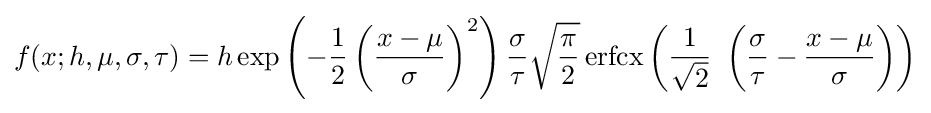
f(x;h,\mu ,\sigma ,\tau )=h\exp \left(-{\frac {1}{2}}\left({\frac {x-\mu }{\sigma }}\right)^{2}\right){\frac {\sigma }{\tau }}{\sqrt {\frac {\pi }{2}}}\operatorname {erfcx} \left({\frac {1}{\sqrt {2}}}\ \left({\frac {\sigma }{\tau }}-{\frac {x-\mu }{\sigma }}\right)\right)